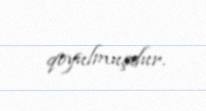
qoyulmuşdur.